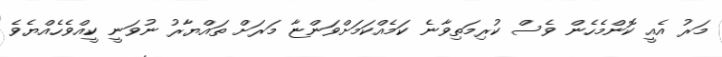
މަރު އެއީ ކޮންމެހެން ވެސް ކުރިމަތިވާނެ ކަމެއްކަމަށްވަންޏާ މަރަށް ތައްޔާރު ނުވަނީ ކީއްވެހެއްޔެވެ